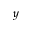
y